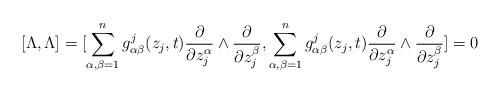
LaTeX: \begin{align*}[\Lambda,\Lambda]=[\sum_{\alpha,\beta=1}^n g_{\alpha \beta}^{j}(z_j,t)\frac{\partial}{\partial z_{j}^{\alpha}}\wedge \frac{\partial}{\partial z_{j}^{\beta}},\sum_{\alpha,\beta=1}^n g_{\alpha \beta}^{j}(z_j,t)\frac{\partial}{\partial z_{j}^{\alpha}}\wedge \frac{\partial}{\partial z_{j}^{\beta}}]=0\end{align*}